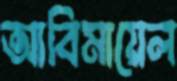
আবিমায়েল